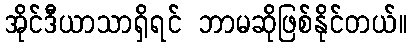
အိုင်ဒီယာသာရှိရင် ဘာမဆိုဖြစ်နိုင်တယ်။